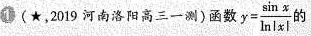
1(★，2019河南洛阳高三一测)函数$$y = \frac { \sin x} { \ln \left | x \right | }$$的